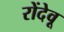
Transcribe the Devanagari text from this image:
रोंदेवू